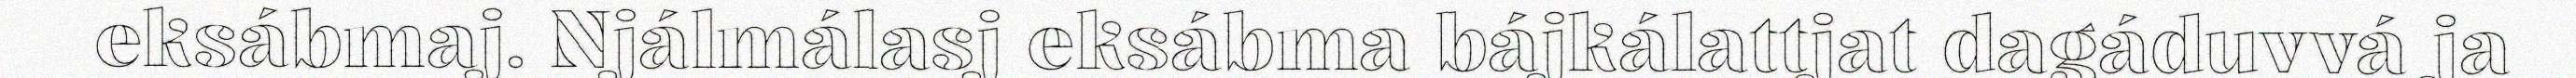
eksábmaj. Njálmálasj eksábma bájkálattjat dagáduvvá ja